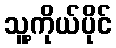
သူ့ကိုယ်ပိုင်